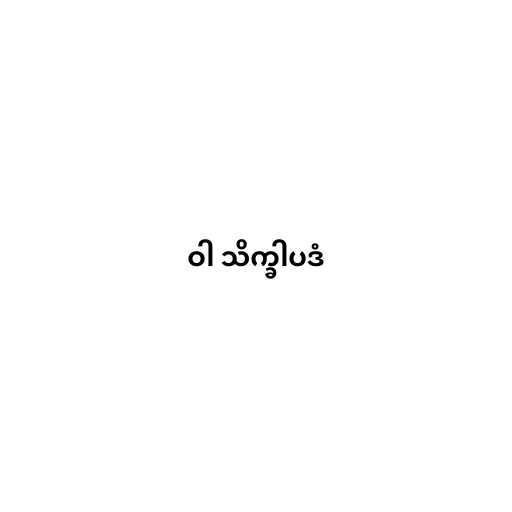
ဝါ သိက္ခါပဒံ